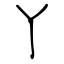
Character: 丫